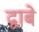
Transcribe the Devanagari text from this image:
द्वाबे